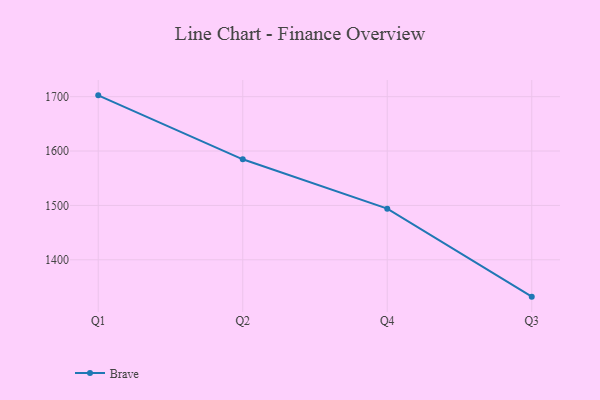
{"axis": {"x": "Quarter", "y": "Website Visitors"}, "legend": ["Brave"], "data": [{"x": "Q1", "y": 1702.4, "type": "Brave"}, {"x": "Q2", "y": 1584.8, "type": "Brave"}, {"x": "Q4", "y": 1494.0, "type": "Brave"}, {"x": "Q3", "y": 1332.2, "type": "Brave"}]}